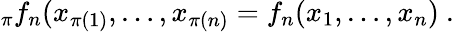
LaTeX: _\pi f_{n}(x_{\pi(1)},\ldots,x_{\pi(n)}=f_{n}(x_{1},\ldots,x_{n})\ .